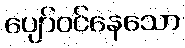
ပျော်ဝင်နေသော